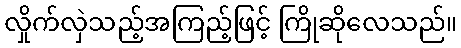
လှိုက်လှဲသည့်အကြည့်ဖြင့် ကြိုဆိုလေသည်။